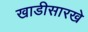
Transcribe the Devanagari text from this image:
खाडीसारखे